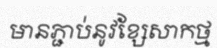
មានភ្ជាប់នូវខ្សែសាកថ្ម